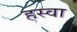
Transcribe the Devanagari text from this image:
हस्वा